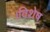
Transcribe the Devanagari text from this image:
।विशेष